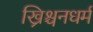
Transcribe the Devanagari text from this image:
ख्रिश्चनधर्म